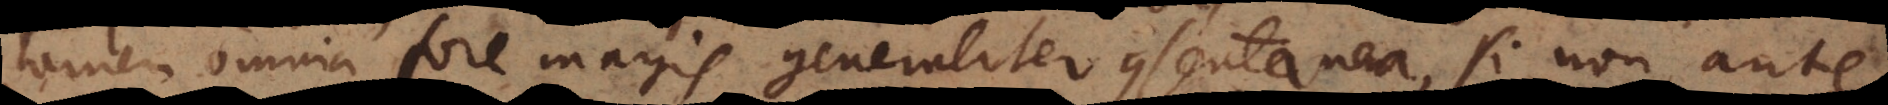
tamen omnia fore magis generaliter consentanea, si non ante